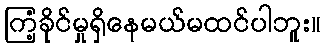
ကြံ့ခိုင်မှုရှိနေမယ်မထင်ပါဘူး။